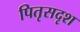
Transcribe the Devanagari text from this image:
पितृसदृश